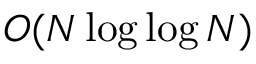
O ( N \log \log N )